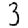
Digit: 3